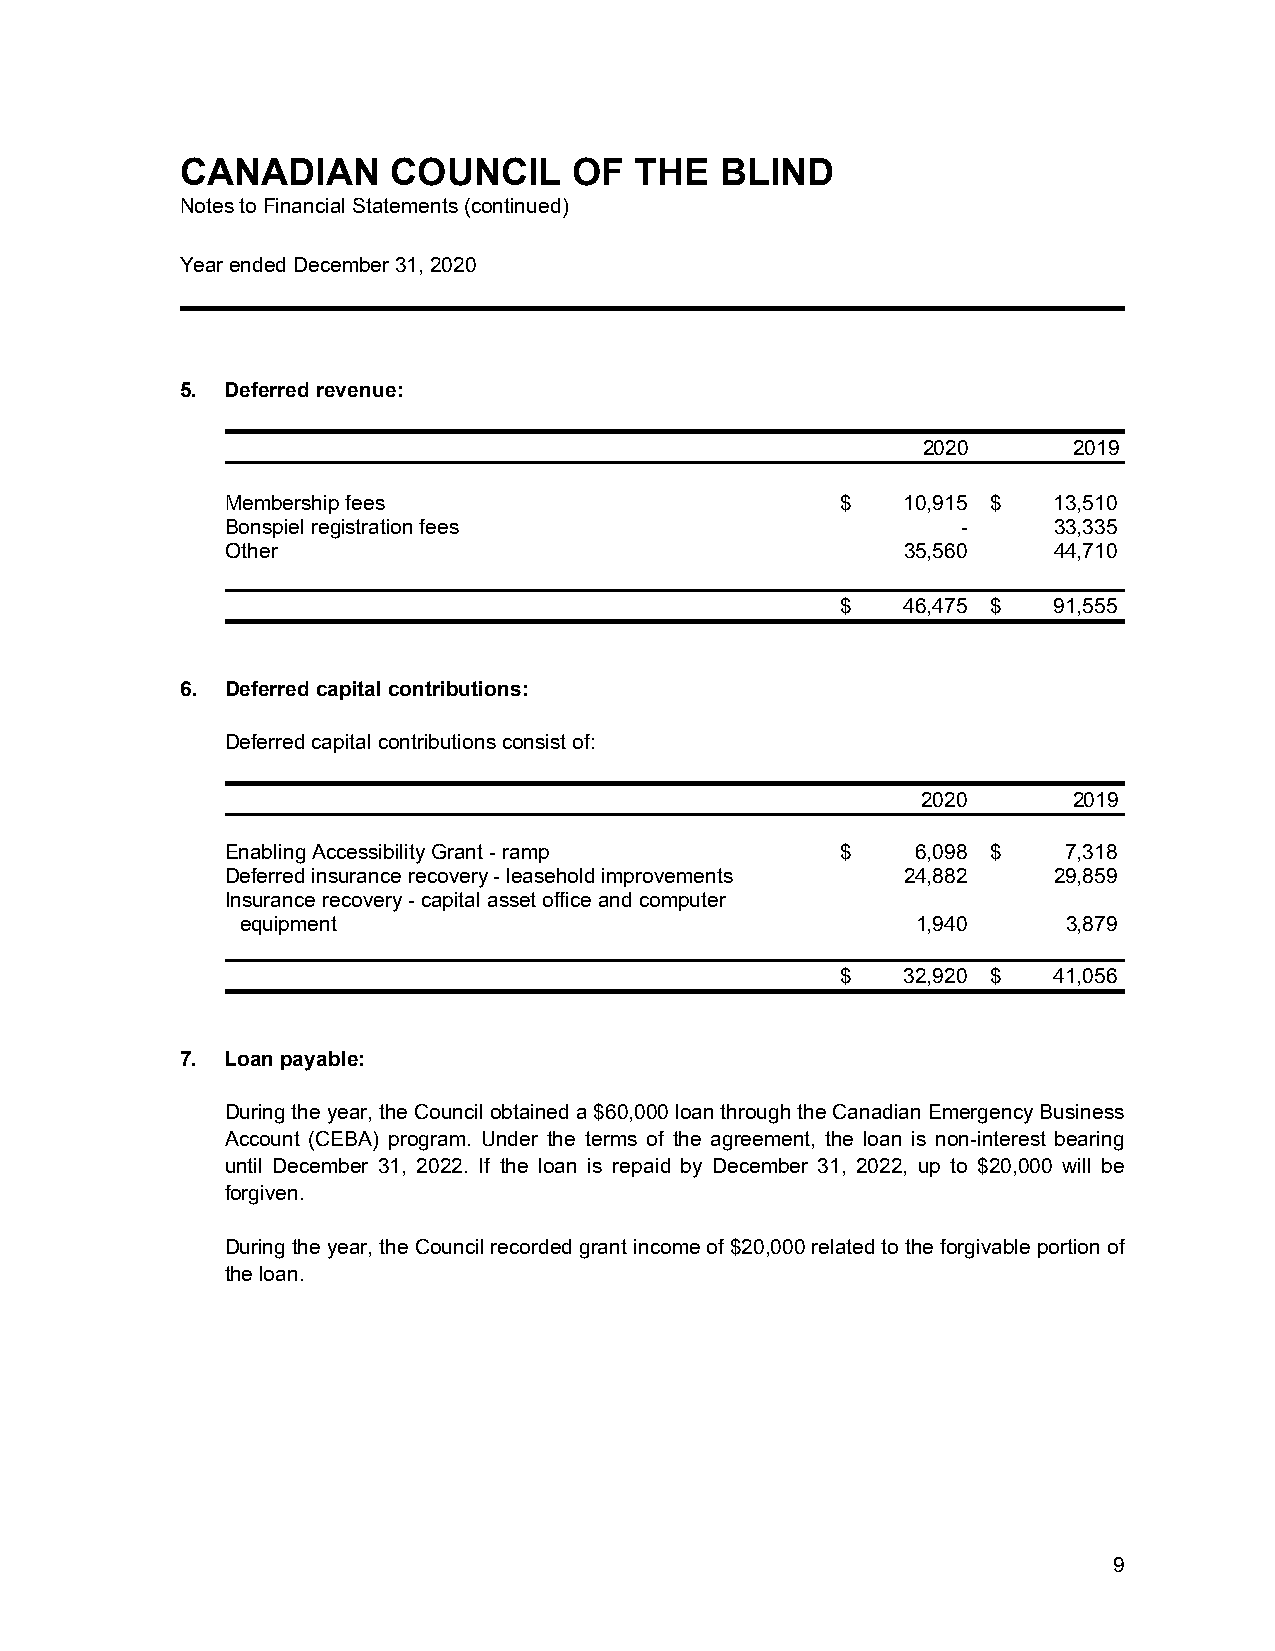
CANADIAN      COUNCIL     OF  THE   BLIND
 Notes to Financial Statements (continued)
 Year ended December 31, 2020
 5. Deferred revenue:
 2020      2019
 Membership fees                          $   10,915 $  13,510
 Bonspiel registration fees                       -     33,335
 Other                                        35,560    44,710
 $   46,475 $  91,555
 6. Deferred capital contributions:
 Deferred capital contributions consist of:
 2020      2019
 Enabling Accessibility Grant - ramp      $    6,098 $   7,318
 Deferred insurance recovery - leasehold improvements 24,882 29,859
 Insurance recovery - capital asset office and computer
 equipment                                    1,940     3,879
 $   32,920 $  41,056
 7. Loan payable:
 During the year, the Council obtained a $60,000 loan through the Canadian Emergency Business
 Account (CEBA) program. Under the terms of the agreement, the loan is non-interest bearing
 until December 31, 2022. If the loan is repaid by December 31, 2022, up to $20,000 will be
 forgiven.
 During the year, the Council recorded grant income of $20,000 related to the forgivable portion of
 the loan.
 9